Vaccine operations Central Provinces 1886-1899 - 1886-1899
Year: 1886
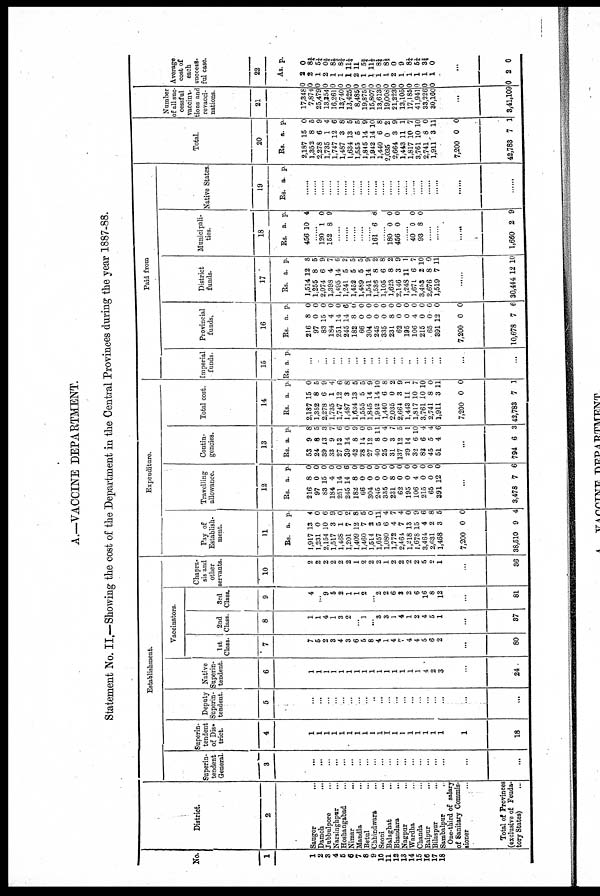
A.—VACCINE DEPARTMENT.
Statement No. II.—Showing the cost of the Department in the Central Provinces during the year 1887-88.
No.
1
1
2
3
4
5
6
7
8
9
10
11
12
13
14
15
16
17
18
District.
2
Saugor
...
Damoh ...
Jubbulpore ...
Narsinghpur ...
Hoshangabad ...
Nimar
...
Mandla ...
Betul ...
Chhindwara ...
Seoni ...
Balaghat ...
Bhandara ...
Nagpur ...
Wardha ...
Chanda ...
Raipur
...
Bilaspur ...
Sambalpur ...
One-third of salary
of Sanitary Commis-
sioner ...
Total of Provinces
(exclusive of Feuda-
tory States) ...
Establishment.
Superin-
tendent
General.
3
...
...
...
...
...
...
...
...
...
...
...
...
...
...
...
...
...
...
...
...
Superin-
tendent
of Dis-
trict.
4
1
1
1
1
1
1
1
1
1
1
1
1
1
1
1
1
1
1
1
18
Deputy
Superin-
tendent.
5
...
...
...
...
...
...
...
...
..
...
...
...
...
...
...
...
...
...
...
...
Native
Superin-
tendent.
6
1
1
1
1
1
1
1
1
1
1
1
1
1
1
1
4
2
3
...
24
Vaccinators.
1st
Class.
7
7
5
2
3
4
3
6
5
8
4
1
4
7
4
4
5
6
2
...
80
2nd
Class.
8
1
1
4
1
3
2
...
1
...
3
3
1
4
1
2
4
5
1
...
37
3rd
Class.
9
4
...
9
5
2
1
1
2
...
2
2
6
3
2
6
16
8
12
...
81
Chapra-
sis and
other
servants.
10
2
2
2
2
2
2
1
2
2
2
1
2
2
2
2
5
2
1
...
36
Expenditure.
Pay of
Establish-
ment.
11
Rs.
1,917
1,231
2,154
1,517
1,468
1,201
1,409
1,460
1,514
1,657
1,080
1,772
2,464
1,218
1,678
3,464
2,631
1,468
7,200
38,510
a.
13
0
10
3
1
7
12
7
2
5
6
4
7
13
15
4
2
3
0
9
p.
4
0
6
9
0
2
8
5
0
11
4
7
4
0
9
6
8
5
0
4
Travelling
allowance.
12
Rs.
216
97
83
184
251
245
182
66
304
245
335
231
62
195
106
215
65
391
a.
8
0
15
4
14
14
8
0
0
0
0
8
0
0
4
0
0
12
p.
0
0
0
0
0
6
0
0
0
0
0
0
0
0
0
0
0
0
...
3,478 7 6
Contin-
gencies.
13
Rs
53
24
39
33
27
39
42
28
27
40
25
31
137
29
32
82
45
51
a.
9
8
13
9
13
14
8
14
12
8
0
3
12
14
6
6
5
4
p.
8
5
3
7
6
0
9
0
9
11
4
7
5
1
10
4
4
6
...
794 6 3
Total cost.
14
Rs.
2,187
1,352
2,278
1,735
1,747
1,487
1,634
1,555
1,845
1,942
1,440
2,035
2,664
1,443
1,817
3,761
2,741
1,911
7,200
42,783
a.
15
8
6
1
12
3
13
5
14
14
6
0
3
11
10
10
8
3
0
7
p.
0
5
9
4
6
8
5
5
9
10
8
2
9
1
7
10
0
11
0
1
Paid from
Imperial
funds.
15
Rs. a p.
...
...
...
...
...
...
...
...
...
...
...
...
...
...
...
...
...
...
...
...
Provincial
funds.
16
Rs.
216
97
83
184
251
245
182
66
304
245
335
231
62
195
106
215
65
391
7,200
10,678
a.
8
0
15
4
14
14
8
0
0
0
0
8
0
0
4
0
0
12
0
7
p.
0
0
0
0
0
6
0
0
0
0
0
0
0
0
0
0
0
0
0
6
District
funds.
17
Rs.
1,514
1,255
2,074
1,398
1,495
1,241
1,452
1,489
1,541
1,536
1,105
1,623
2,146
1,248
1,671
3,453
2,676
1,519
a.
12
8
6
4
14
5
5
5
14
8
6
8
3
11
6
2
8
7
p.
8
5
9
7
6
2
5
5
9
2
8
2
9
1
7
10
0
11
......
30,444 12 10
Municipali-
ties.
18
Rs.
456
a.
10
p.
4
......
120
152
1
8
0
9
......
......
......
......
......
161 6 8
......
180
456
0
0
0
0
......
40
93
0
8
0
0
......
......
......
1,660 2 9
Native States
19
Rs. a. p.
......
......
......
......
......
......
......
......
......
......
......
......
......
......
......
......
......
......
......
......
Total.
20
Rs.
2,187
1,352
2,278
1,735
1,747
1,487
1,634
1,555
1,845
1,942
1,440
2,035
2,664
1,443
1,817
3,761
2,741
1,911
7,200
42,783
a.
15
8
6
1
12
3
13
5
14
14
6
0
3
11
10
10
8
3
0
7
p.
0
5
9
4
6
8
5
5
9
10
8
2
9
1
7
10
0
11
0
1
Number
of all suc-
cessful
vaccina-
tions and
revacci-
nations.
21
17,348
7,874
25,479
13,354
16,261
13,740
13,425
8,485
19,875
15,807
13,613
19,008
21,223
13,105
17,185
41,941
33,226
30,160
...
3,41,109
Average
cost of
each
success-
ful case.
22
0
0
0
0
0
0
0
0
0
0
0
0
0
0
0
0
0
0
As.
2
2
1
2
1
1
1
2
1
1
1
1
2
1
1
1
1
1
p.
0
8¾
5¼
3¾
8½
8¾
11¼
11 5¾
11½
8¼
8½
0
9
8¼
5¼
3¾ 0
...
0 2 0